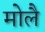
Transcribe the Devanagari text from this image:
मोलै